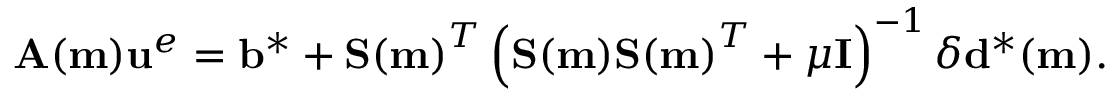
\mathbf { A } ( \mathbf { m } ) \mathbf { u } ^ { e } = \mathbf { b } ^ { * } + \mathbf { S ( m ) } ^ { T } \left( \mathbf { S ( m ) } \mathbf { S ( m ) } ^ { T } + \mu \mathbf { I } \right) ^ { - 1 } \delta \mathbf { d } ^ { * } ( \mathbf { m } ) .